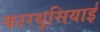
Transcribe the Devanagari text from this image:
कारथूसियाई